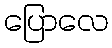
ပြောလေ